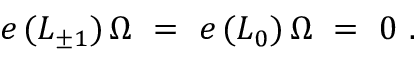
e \, ( L _ { \pm 1 } ) \, \Omega \ = \ e \, ( L _ { 0 } ) \, \Omega \ = \ 0 \ .